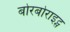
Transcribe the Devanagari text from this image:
बोरबोराइट्स